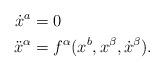
LaTeX: \begin{align*}\dot{x}^a&=0\\\ddot{x}^\alpha&=f^\alpha(x^b,x^\beta,\dot{x}^\beta).\end{align*}